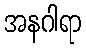
အနဂါရာ